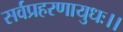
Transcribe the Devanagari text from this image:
सर्वप्रहरणायुधः।।